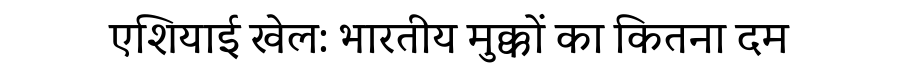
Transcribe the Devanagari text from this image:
एशियाई खेल: भारतीय मुक्कों का कितना दम